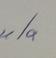
Signature authenticity: genuine